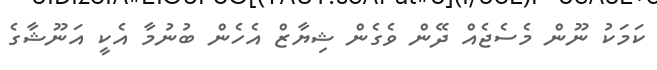
ކަމަކު ނޫން މެސެޖެއް ދޭން ވެގެން ޝިޔާޒް އެހެން ބުނުމާ އެކީ އަނޫޝާގެ